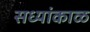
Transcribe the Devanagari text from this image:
सध्यांकाळ